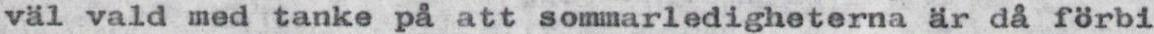
väl vald med tanke på att sommarledigheterna är då förbi